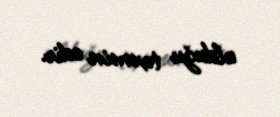
olduğu təxmin edir.